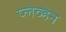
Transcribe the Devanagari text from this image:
प्लेव्हेन